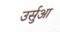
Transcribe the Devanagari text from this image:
उर्सुआ